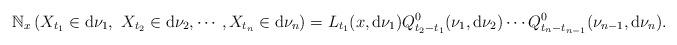
LaTeX: \begin{align*} \mathbb{N}_{x}\left(X_{t_{1}}\in {\rm d}\nu_{1},\ X_{t_{2}}\in {\rm d}\nu_{2},\cdots, X_{t_{n}}\in {\rm d}\nu_{n}\right) =L_{t_{1}}(x,{\rm d}\nu_{1})Q^{0}_{t_{2}-t_{1}}(\nu_{1},{\rm d}\nu_{2})\cdots Q^{0}_{t_{n}-t_{n-1}}(\nu_{n-1},{\rm d}\nu_{n}). \end{align*}